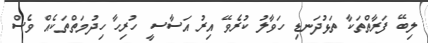
ލިބޭ ފަރާތްތަކާ ތަޅުދަނޑި ހަވާލު ކުރެވޭ އިރު އަސާސީ ހުރިހާ ހިދުމަތްތަކެއް ވެސް